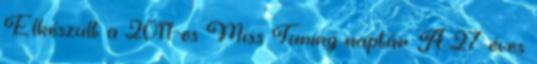
Elkészült a 2011-es Miss Tuning naptár. A 27 éves